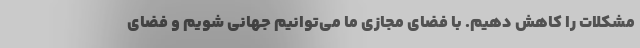
مشکلات را کاهش دهیم. با فضای مجازی ما می‌توانیم جهانی شویم و فضای